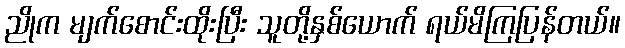
ညိုက မျက်စောင်းထိုးပြီး သူတို့နှစ်ယောက် ရယ်မိကြပြန်တယ်။